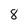
Character: 8